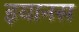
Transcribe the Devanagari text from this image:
इयानस